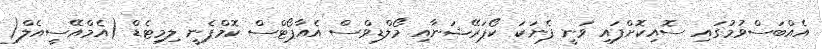
އެއްބަސްވުމުގައި ސޮއިކޮށްފައި ވަނީ ފެނަކަ ކޯޕަރޭޝަނާއި މޯލްޑިވްސް އެއާޕޯޓްސް ކޮމްޕެނީ ލިމިޓެޑް (އެމްއޭސީއެލް(